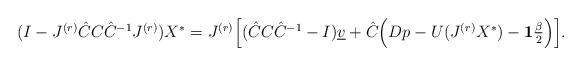
LaTeX: \begin{align*} \begin{array}{lll} (I-J^{(r)}\hat{C}C\hat{C}^{-1}J^{(r)}) X^{*} = J^{(r)}\Big[(\hat{C}C\hat{C}^{-1}-I)\underline{v} + \hat{C}\Big(Dp - U(J^{(r)}X^{*}) - \mathbf{1}\frac{\beta}{2}\Big)\Big]. \end{array} \end{align*}